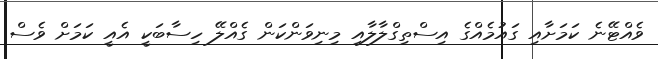
ވެއްޓޭނެ ކަމަށާއި ގައުމެއްގެ އިސްތިގްލާލާއި މިނިވަންކަން ގެއްލޭ ހިސާބަކީ އެއީ ކަމަށް ވެސް